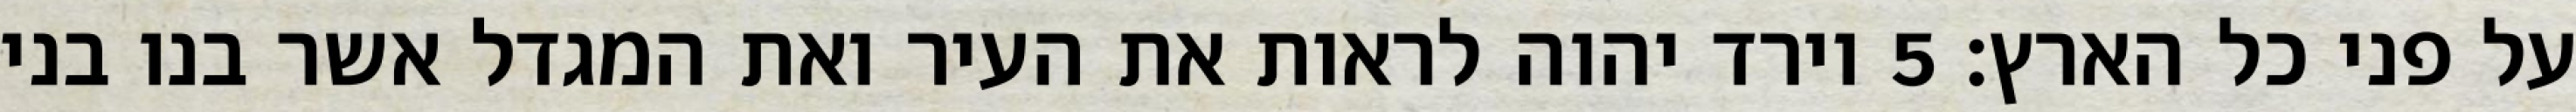
על פני כל הארץ׃ ‎5‏ וירד יהוה לראות את העיר ואת המגדל אשר בנו בני